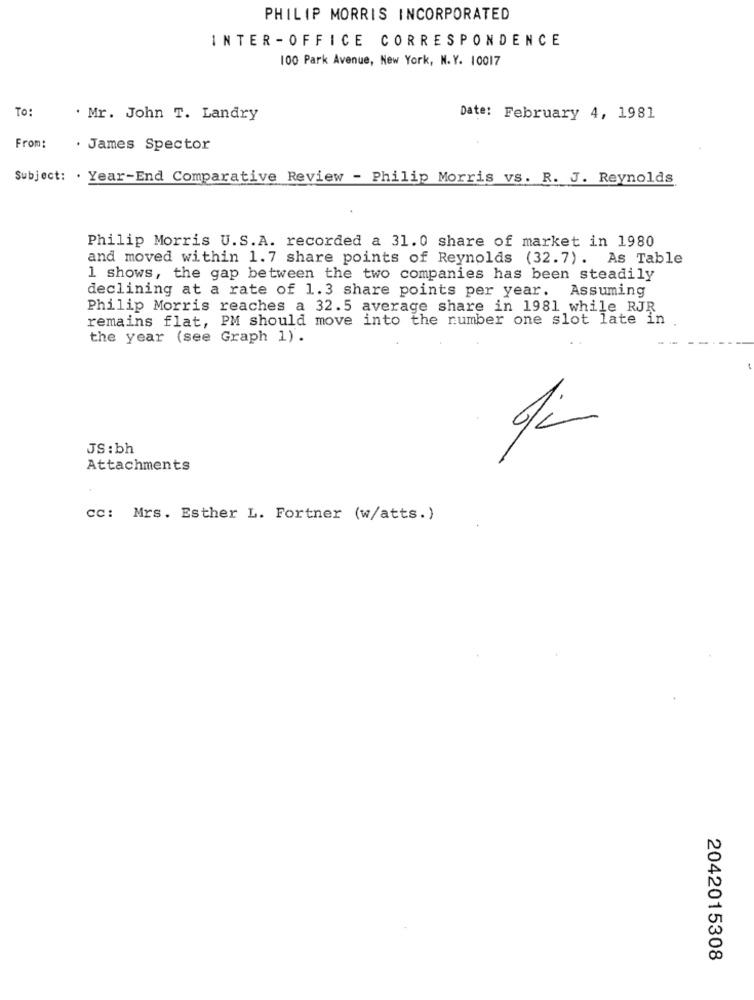
PHILIP MORRIS INCORPORATED
INTER - OFFICE CORRESPONDENCE
100 Park Avenue, New York, N.Y. 10017
To:
. Mr. John T. Landry
Date: February 4, 1981
From:
. James Spector
Subject: . Year-End Comparative Review - Philip Morris vs. R. J. Reynolds
Philip Morris U.S.A. recorded a 31.0 share of market in 1980
and moved within 1.7 share points of Reynolds (32.7). As Table
1 shows, the gap between the two companies has been steadily
declining at a rate of 1.3 share points per year. Assuming
Philip Morris reaches a 32.5 average share in 1981 while RJR
remains flat, PM should move into the number one slot late in
the year (see Graph 1).
JS: bh
Attachments
cc: Mrs. Esther L. Fortner (w/atts.)
2042015308